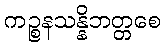
ကဉ္စနသန္နိဘတ္တစေ